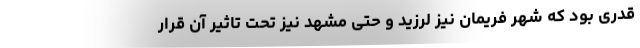
قدری بود که شهر فریمان نیز لرزید و حتی مشهد نیز تحت تاثیر آن قرار